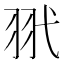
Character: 𦏵